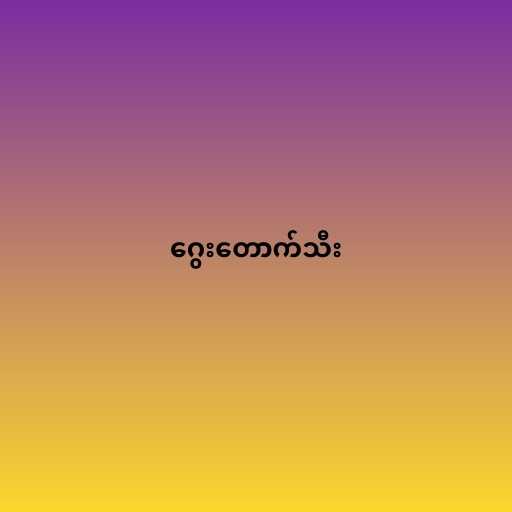
ဂွေးတောက်သီး